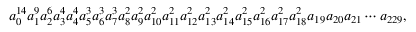
a _ { 0 } ^ { 1 4 } a _ { 1 } ^ { 9 } a _ { 2 } ^ { 6 } a _ { 3 } ^ { 4 } a _ { 4 } ^ { 4 } a _ { 5 } ^ { 3 } a _ { 6 } ^ { 3 } a _ { 7 } ^ { 3 } a _ { 8 } ^ { 2 } a _ { 9 } ^ { 2 } a _ { 1 0 } ^ { 2 } a _ { 1 1 } ^ { 2 } a _ { 1 2 } ^ { 2 } a _ { 1 3 } ^ { 2 } a _ { 1 4 } ^ { 2 } a _ { 1 5 } ^ { 2 } a _ { 1 6 } ^ { 2 } a _ { 1 7 } ^ { 2 } a _ { 1 8 } ^ { 2 } a _ { 1 9 } a _ { 2 0 } a _ { 2 1 } \cdots a _ { 2 2 9 } ,